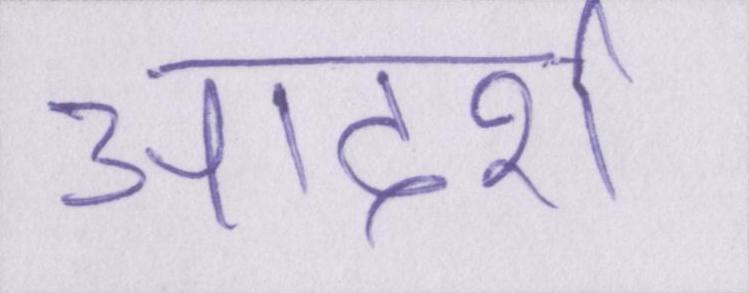
आदर्श